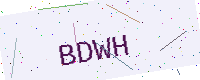
Text: BDWH